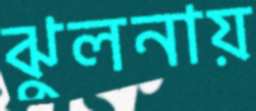
ঝুলনায়